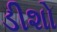
ડીશો